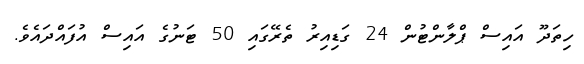
ހިތަދޫ އައިސް ޕްލާންޓުން 24 ގަޑިއިރު ތެރޭގައި 50 ޓަނުގެ އައިސް އުފައްދައެވެ.